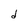
Character: d